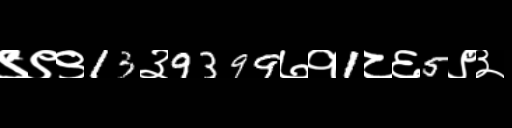
Text: ९९९13३9399७१1८६5९३